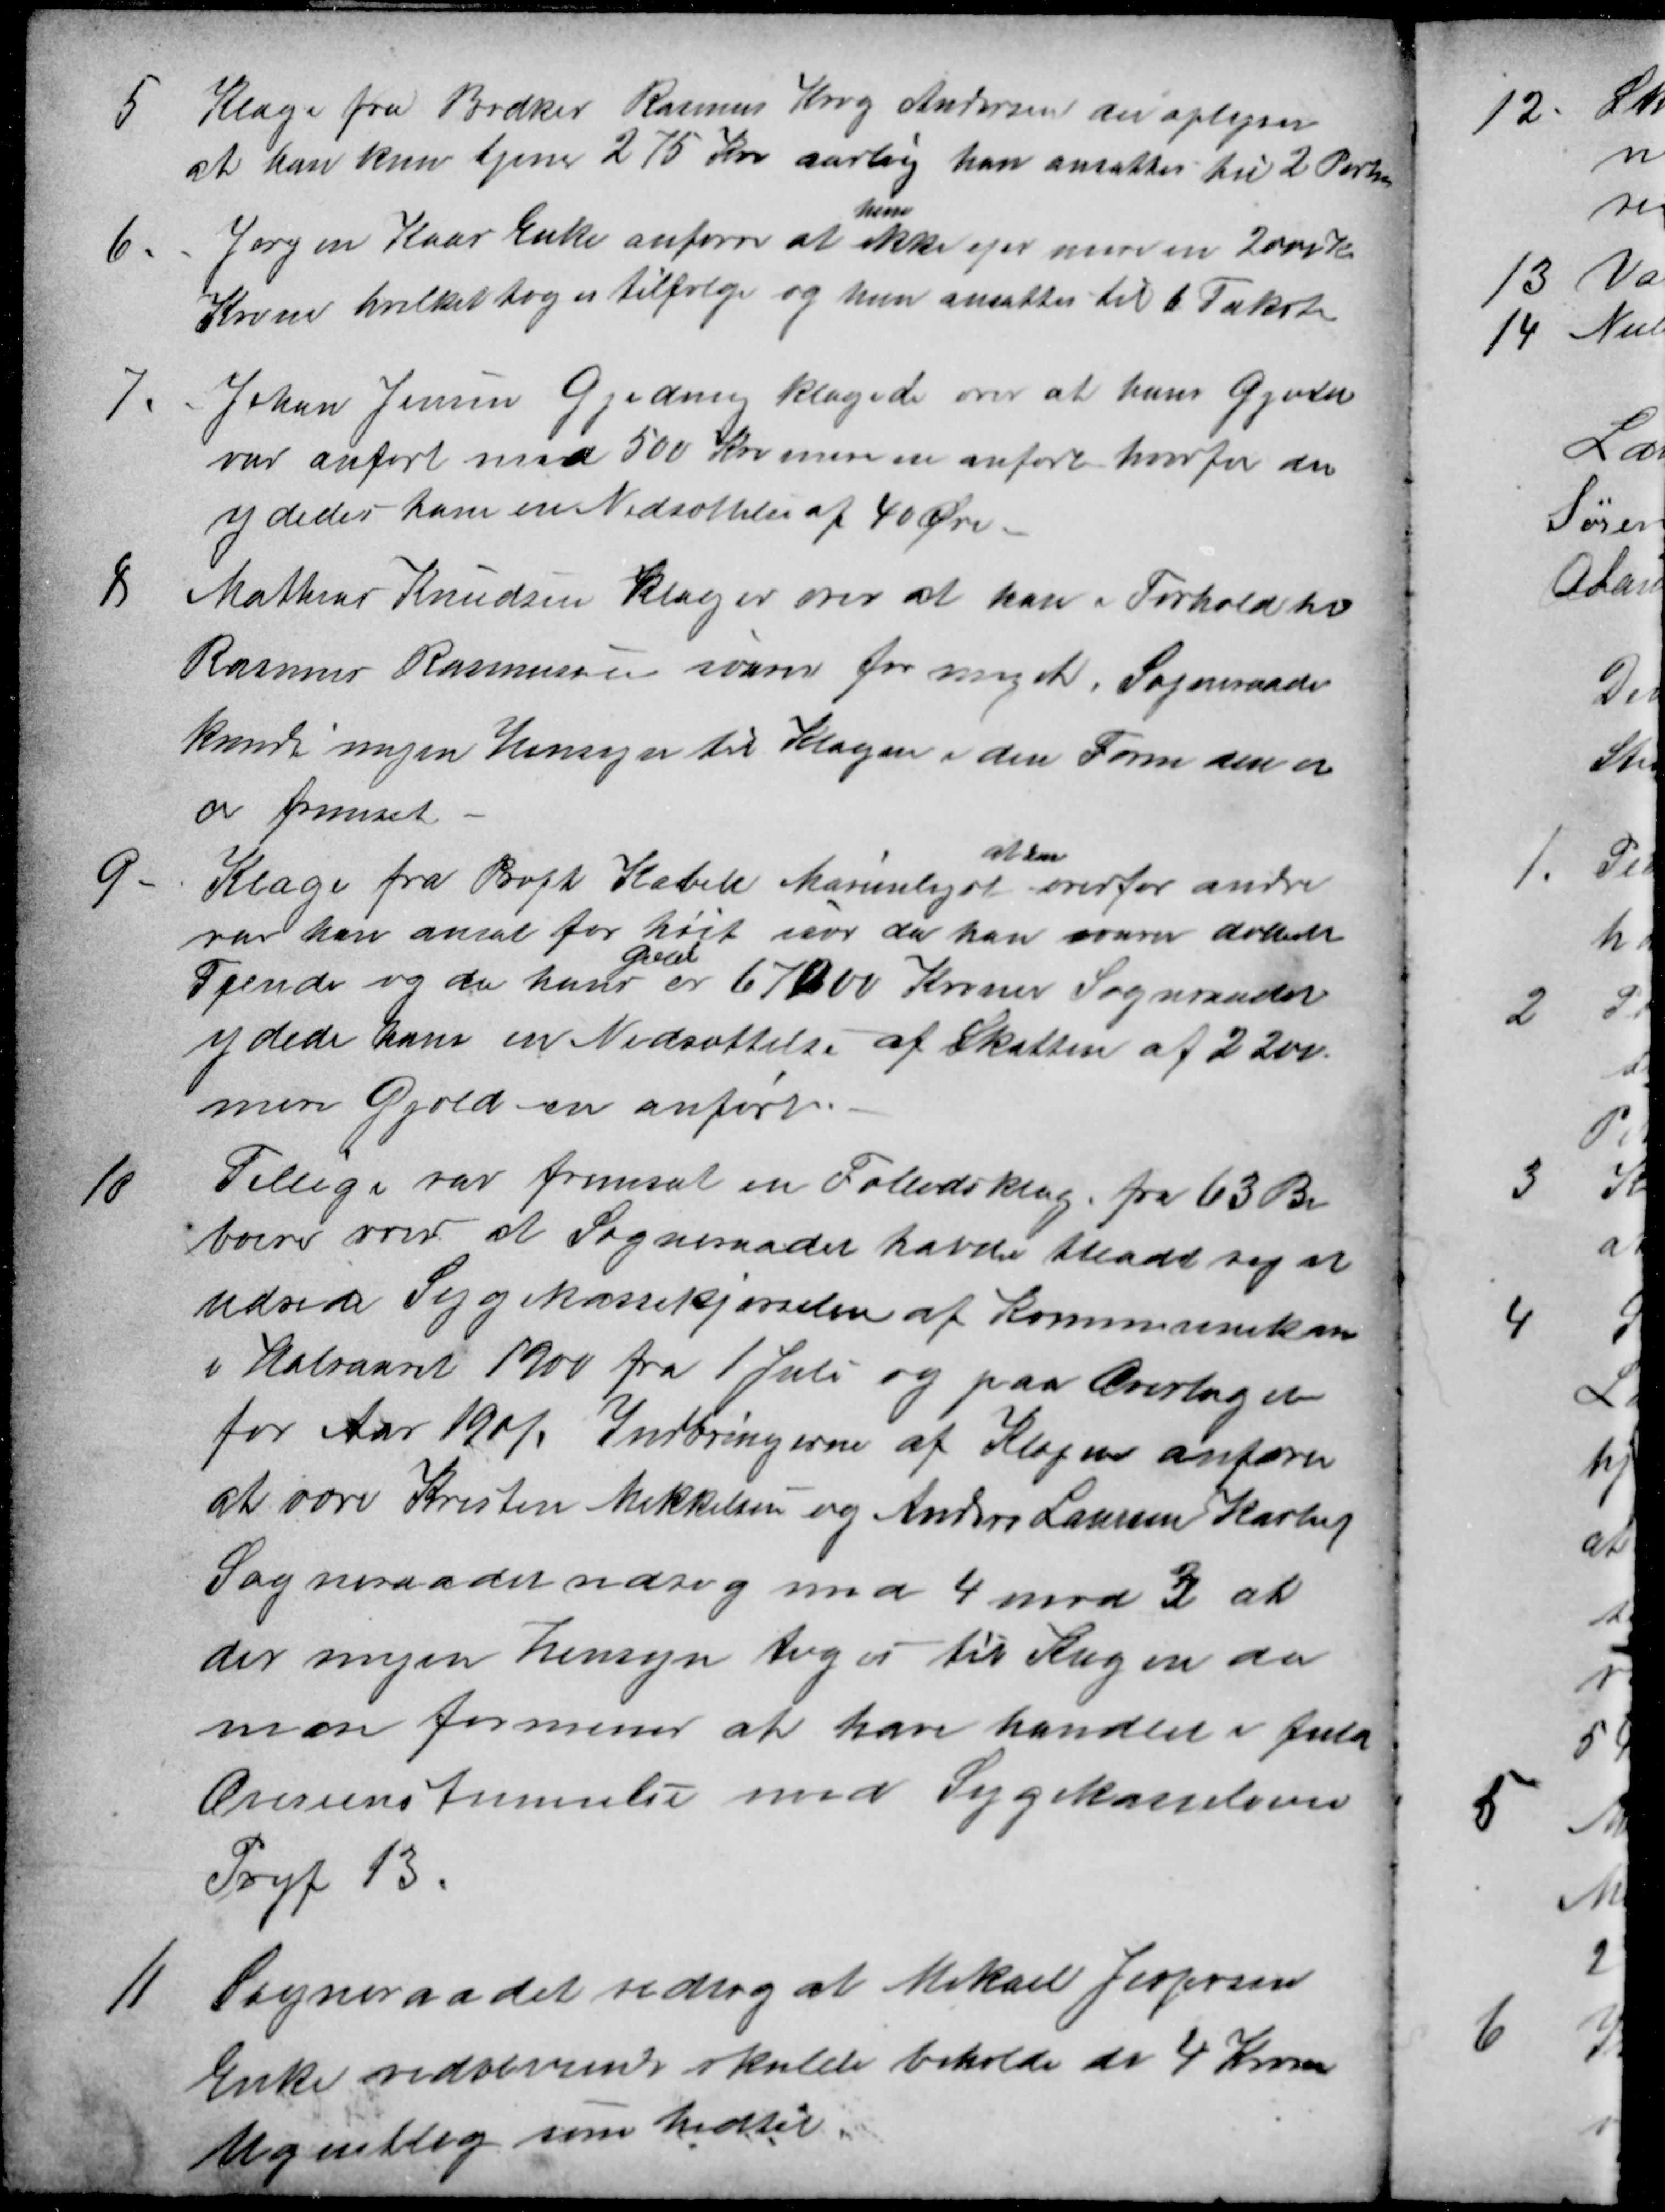
Transskription:
5 Klage fra Bødker Rasmus Krog Andersen der oplyser
at han kun tjener 275 Kro aarlig han ansattes til 2 Portioner
6. Jørgen Kaas Enke anfører at
hun
ikke ejer mere en 2000 Kr
Kroner hvilket toges tilfølge og hun ansattes til 6 Takster
7. Johan Jensen Gjeding klagede over at hans Gjæld
var anført med 500 Kr. mere en anført hvorfor der
ydedes ham en Nedsættelse af 40 Øre.
8 Mathias Knudsen klager over at han i Forhold til
Rasmus Rasmussen svarer for meget. Sogneraadet
kunde ingen Hensyn til Klagen i den Form den er
er fremset
9. Klage fra Prpt Kabell Marienlyst
at han
overfor andre
var han ansat for højt især da han svarer ansatte
Tyende og da hans
Gæld
er 67000 Kroner Sogneraadet
ydede ham en Nedsættelse af Skatten af 2200.
mere Gjæld en anført.
10 Tillige var fremsat en Fælledsklage fra 63 Be
boere over at Sogneraadet havde tilladt sig at
udrede Sygekassekjørselen af Kommunekassen
i Halvaaret 1900 fra 1 Juli og paa Overlaget
for Aar 1901. Indbringerne af Klagen anfører
at være Kristen Mikkelsen og Anders Laursen Kasted
Sogneraadet vedtog med 4 mod 3 at
der ingen Hensyn toges til Klagen da
man formener at have handlet i fuld
Overeenstemmelse med Sygekasseloven
Prgf 13.
11 Sogneraadet vedtog at Mikael Jespersen
Enke vedvarende skulde beholde de 4 Kroner
Ugentlig som hidtil.